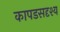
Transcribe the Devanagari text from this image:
कापडसदृश्य